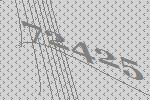
72425